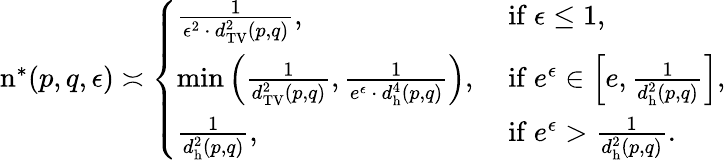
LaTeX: \begin{array}{r}{\mathrm{n}^{*}(p,q,\epsilon)\asymp\left\{ \begin{array}{ll}{\frac{1}{\epsilon^{2}\, \cdot\, d_{\mathrm{TV}}^{2}(p,q)},}&{\mathrm{~if~}\epsilon\leq 1,}\\ {\operatorname*{min}\left(\frac{1}{d_{\mathrm{TV}}^{2}(p,q)},\frac{1}{e^{\epsilon}\, \cdot\, d_{\mathrm{h}}^{4}(p,q)}\right),}&{\mathrm{~if~}e^{\epsilon}\in\left[e,\frac{1}{d_{\mathrm{h}}^{2}(p,q)}\right],}\\ {\frac{1}{d_{\mathrm{h}}^{2}(p,q)},}&{\mathrm{~if~}e^{\epsilon}>\frac{1}{d_{\mathrm{h}}^{2}(p,q)}.}\end{array}\right.}\end{array}